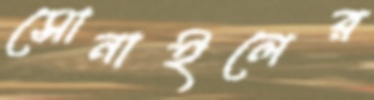
সোনাইলের